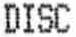
DISC